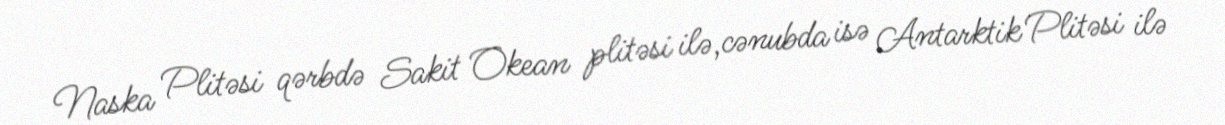
Naska Plitəsi qərbdə Sakit Okean plitəsi ilə,cənubda isə Antarktik Plitəsi ilə